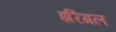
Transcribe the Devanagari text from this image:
इरिंगल